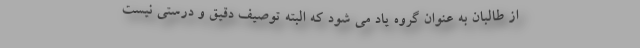
از طالبان به عنوان گروه یاد می شود که البته توصیف دقیق و درستی نیست